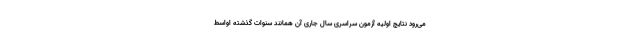
می‌رود نتایج اولیه آزمون سراسری سال جاری آن همانند سنوات گذشته اواسط